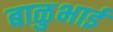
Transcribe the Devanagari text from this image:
बाळुभाई